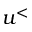
u ^ { < }